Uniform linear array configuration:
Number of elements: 12
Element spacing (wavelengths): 1
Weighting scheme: cosine
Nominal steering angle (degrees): -60
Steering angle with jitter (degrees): -59.273
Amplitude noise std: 0.05
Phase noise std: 0.05

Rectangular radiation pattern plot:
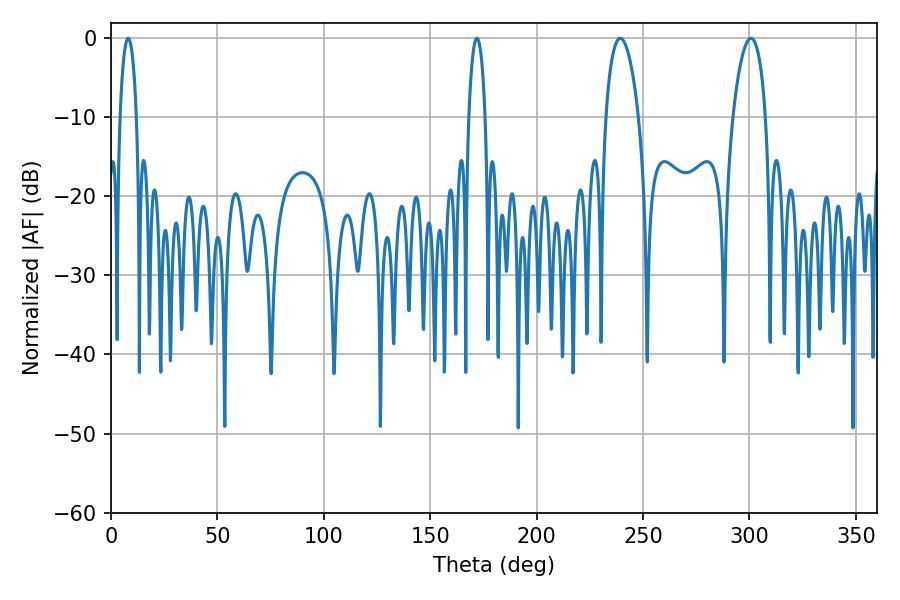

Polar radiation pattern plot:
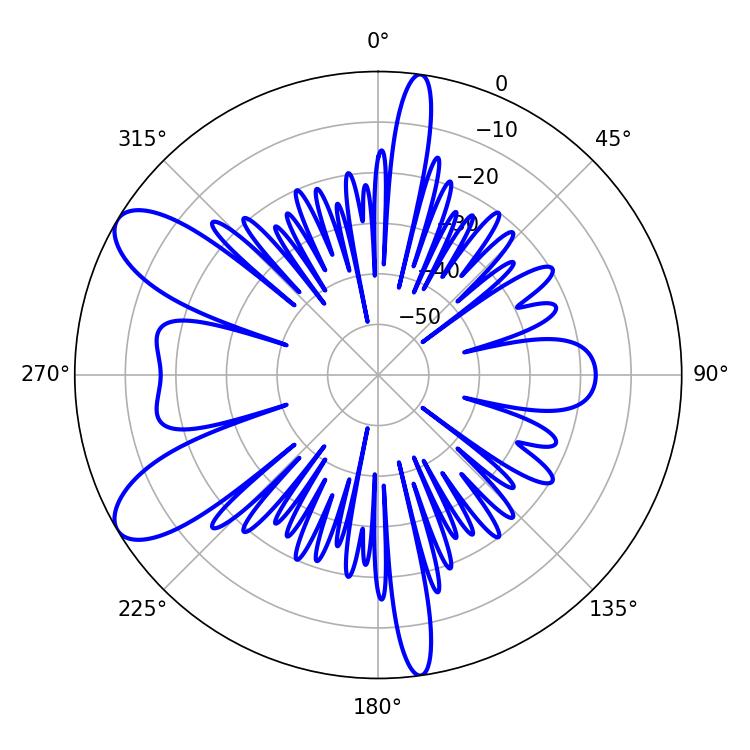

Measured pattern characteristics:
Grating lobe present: TRUE
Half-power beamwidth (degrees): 8.64
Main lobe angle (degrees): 239.22